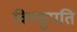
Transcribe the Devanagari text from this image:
विष्णुपति